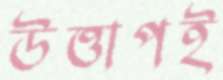
উত্তাপই